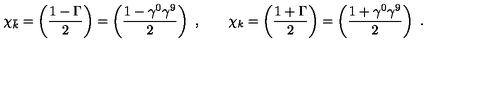
\chi _ { \bar { k } } = \left( { \frac { 1 - \Gamma } { 2 } } \right) = \left( { \frac { 1 - \gamma ^ { 0 } \gamma ^ { 9 } } { 2 } } \right) \ , \qquad \chi _ { k } = \left( { \frac { 1 + \Gamma } { 2 } } \right) = \left( { \frac { 1 + \gamma ^ { 0 } \gamma ^ { 9 } } { 2 } } \right) \ .